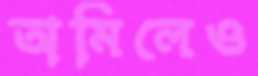
অমিলেও